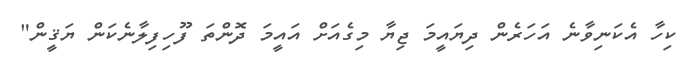
ކިހާ އެކަނިވާނެ އަހަރެން ދިޔައީމަ ޖިޔާ މިގެއަށް އައީމަ ދޮންތަ ފޫހިފިލާނެކަން ޔަޤީން"